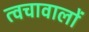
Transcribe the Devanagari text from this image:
त्वचावालों